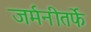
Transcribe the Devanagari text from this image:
जर्मनीतर्फे